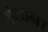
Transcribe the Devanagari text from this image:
ईशान।